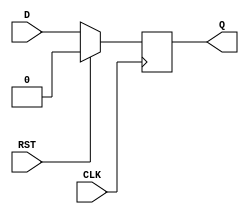
module synchronous_register (
    input wire D,        // Data input
    input wire CLK,      // Clock input
    input wire RST,      // Reset input
    output reg Q         // Data output
);

    // Synchronous reset behavior
    always @(posedge CLK) begin
        if (RST) begin
            Q <= 1'b0;   // Reset Q to 0
        end else begin
            Q <= D;      // Capture data input D on rising edge of CLK
        end
    end

endmodule